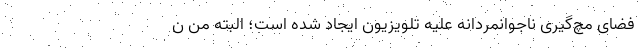
فضای مچ‌گیری ناجوانمردانه علیه تلویزیون ایجاد شده است؛ البته من ن